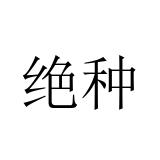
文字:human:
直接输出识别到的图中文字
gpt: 绝种